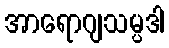
အာရောဂျသမ္ပဒါ